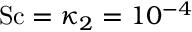
\mathrm { S c } = \kappa _ { 2 } = 1 0 ^ { - 4 }